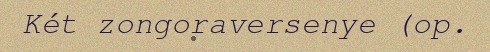
Két zongoraversenye (op.